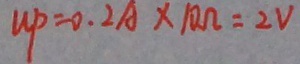
u p = 0 . 2 A \times 1 0 \Omega = 2 V